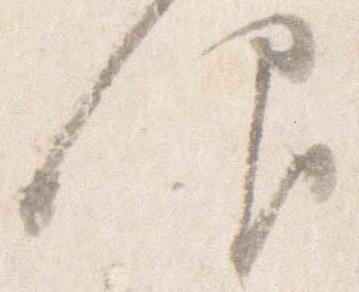
仰